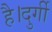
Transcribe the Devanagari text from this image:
है।दुर्गी